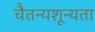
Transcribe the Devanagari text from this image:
चैतन्यशून्यता